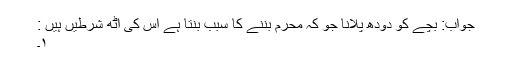
جواب: بچے کو دودھ پلانا جو کہ محرم بننے کا سبب بنتا ہے اس کی آٹھ شرطیں ہیں :
۱۔